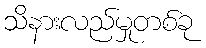
သိနားလည်မှုတစ်ခု